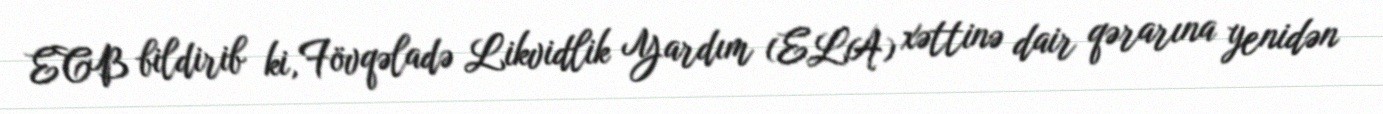
ECB bildirib ki, Fövqəladə Likvidlik Yardım (ELA) xəttinə dair qərarına yenidən